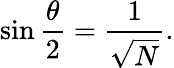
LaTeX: \sin{\frac{\theta}{2}}={\frac{1}{\sqrt{N}}}.